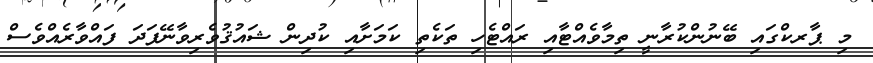
މި ޕާރކްގައި ބޭނުންކުރާނީ ތިމާވެއްޓާއި ރައްޓެހި ތަކެތި ކަމަށާއި ކުދިން ޝައުޤުވެރިވާނޭފަދަ ފައްވާރެއްވެސް